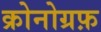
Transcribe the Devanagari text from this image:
क्रोनोग्रफ़